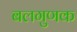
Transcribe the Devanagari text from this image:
बलगुणक